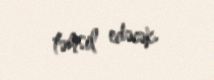
təmsil edəcək.